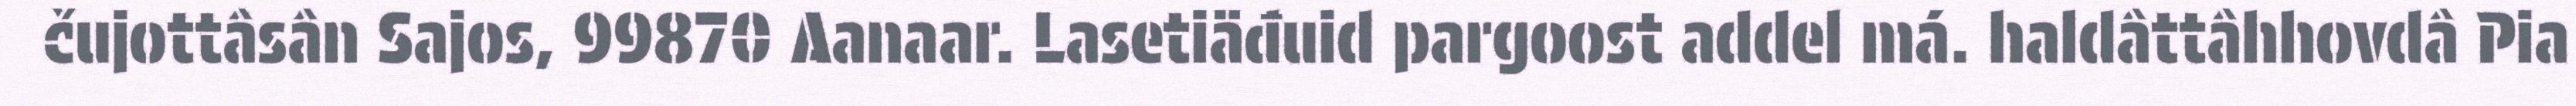
čujottâsân Sajos, 99870 Aanaar. Lasetiäđuid pargoost addel má. haldâttâhhovdâ Pia